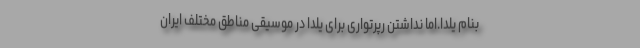
بنام یلدا.اما نداشتن رپرتواری برای یلدا در موسیقی مناطق مختلف ایران